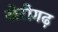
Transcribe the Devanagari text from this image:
खेरीगढ़